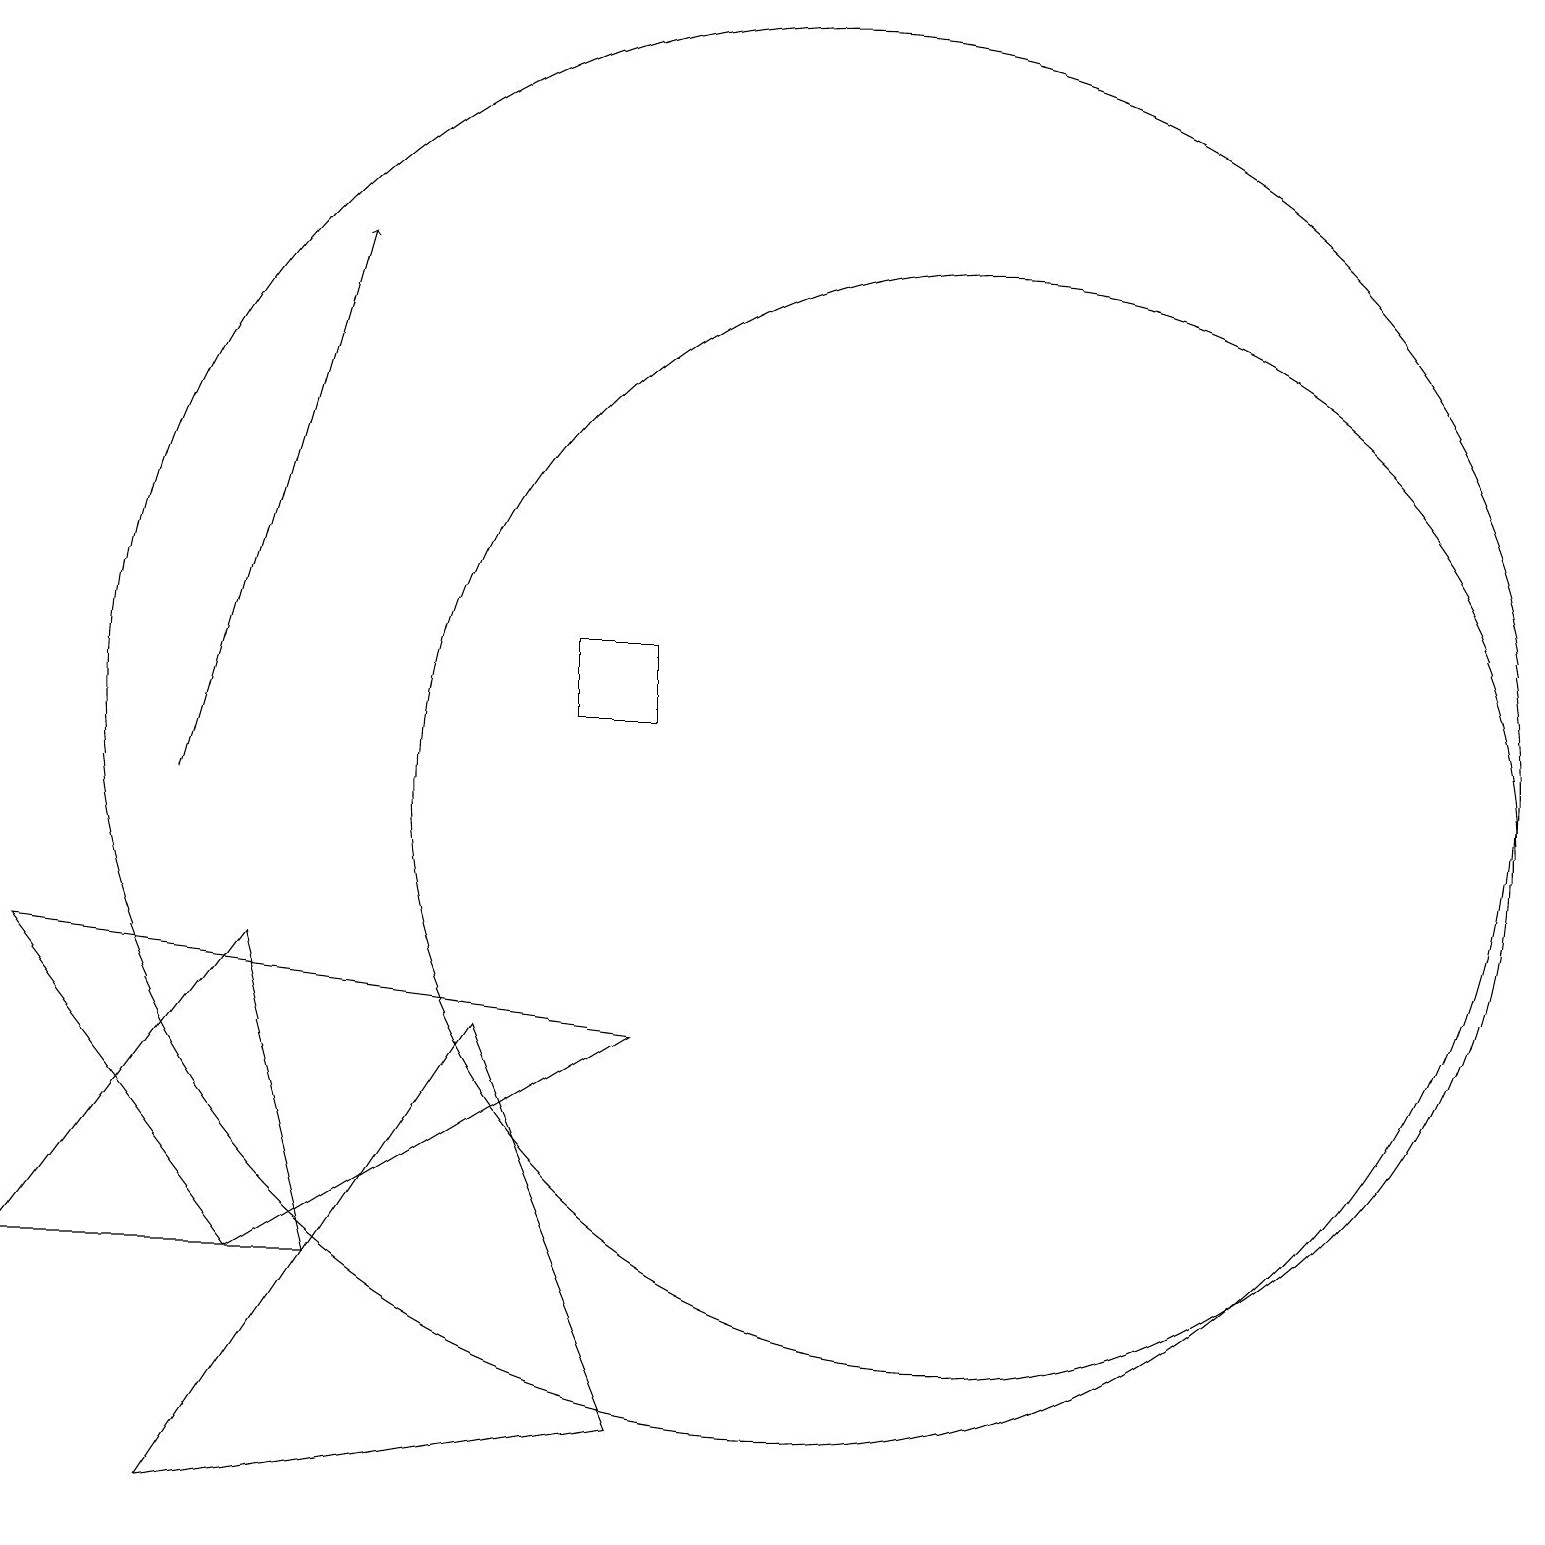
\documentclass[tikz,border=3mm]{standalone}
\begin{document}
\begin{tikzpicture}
\draw[->] (2,10) -- (4,17);
\draw (10,11) circle (9);
\draw (12,10) circle (7);
\draw (8,2) -- (2,1) -- (6,7) -- cycle;
\draw (3,4) -- (0,8) -- (8,7) -- cycle;
\draw (3,8) -- (4,4) -- (0,4) -- cycle;
\draw (7,11) rectangle (8,12);
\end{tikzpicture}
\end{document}